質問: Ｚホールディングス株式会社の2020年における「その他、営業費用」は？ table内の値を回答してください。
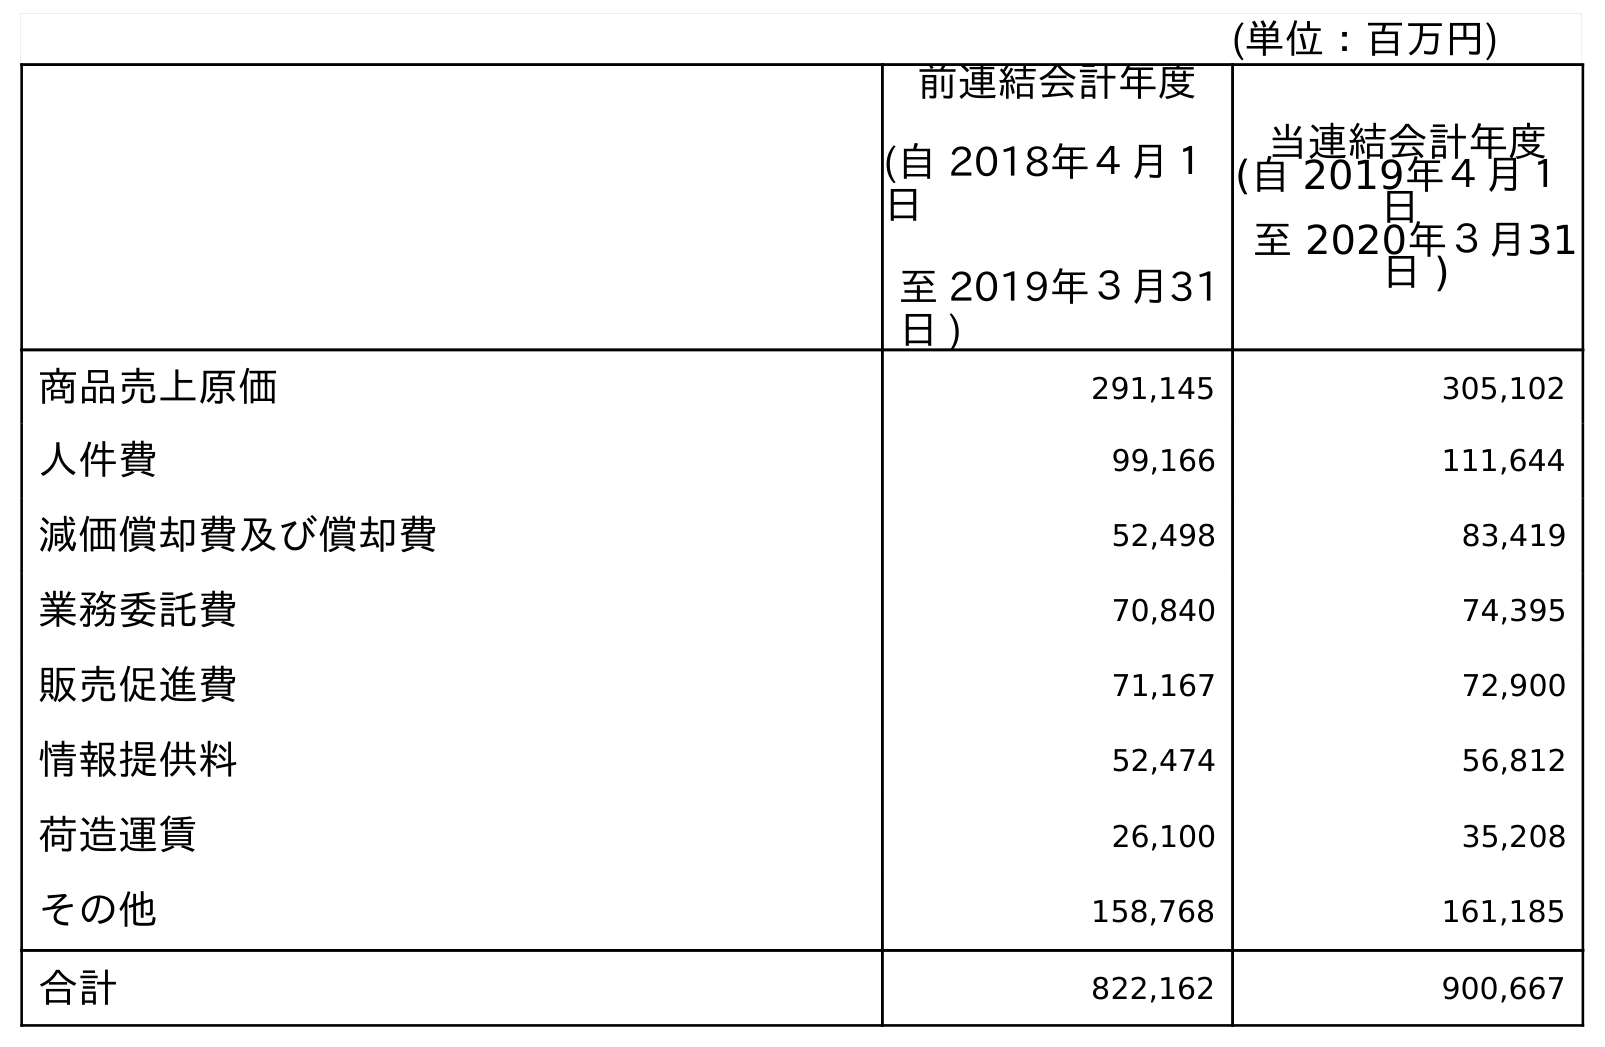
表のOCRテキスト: (単位：百万円) 前連結会計年度 (自 2018年４月１ 日 至 2019年３月31 日 ) 当連結会計年度 (自 2019年４月１ 日 至 2020年３月31 日 ) 商品売上原価 291,145 305,102 人件費 99,166 111,644 減価償却費及び償却費 52,498 83,419 業務委託費 70,840 74,395 販売促進費 71,167 72,900 情報提供料 52,474 56,812 荷造運賃 26,100 35,208 その他 158,768 161,185 合計 822,162 900,667
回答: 161,185